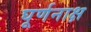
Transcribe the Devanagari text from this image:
घूर्णनाक्ष